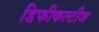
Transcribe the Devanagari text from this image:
डिफीकल्टीज